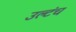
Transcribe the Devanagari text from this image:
उल्टंच